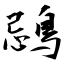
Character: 鵋